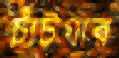
চাঁটগার